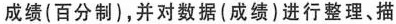
成绩(百分制)，并对数据(成绩)进行整理、描